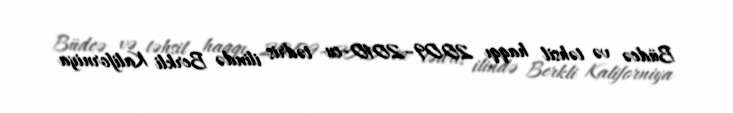
Büdcə və təhsil haqqı 2009–2010-cu tədris ilində Berkli Kaliforniya